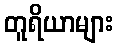
တူရိယာများ